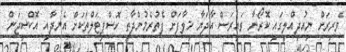
ވެރިރަށް ނިއުދިއްލީގައި ކޮރޯނާ ވައިރަސް އާދަޔާ ޚިލާފަށް ފެތުރެމުންދާތީ ހޮސްޕިޓަލްތަކަށް އެނދާއި އޮކްސިޖަން